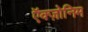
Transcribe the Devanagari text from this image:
ऍक्ज़ोनिम